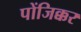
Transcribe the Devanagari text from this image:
पोंजिक्कर